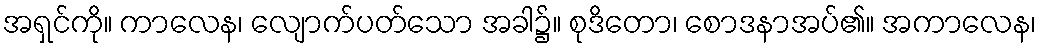
အရှင်ကို။ ကာလေန၊ လျောက်ပတ်သော အခါ၌။ စုဒိတော၊ စောဒနာအပ်၏။ အကာလေန၊